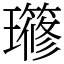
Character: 𤪱